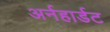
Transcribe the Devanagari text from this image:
अर्नहार्डट